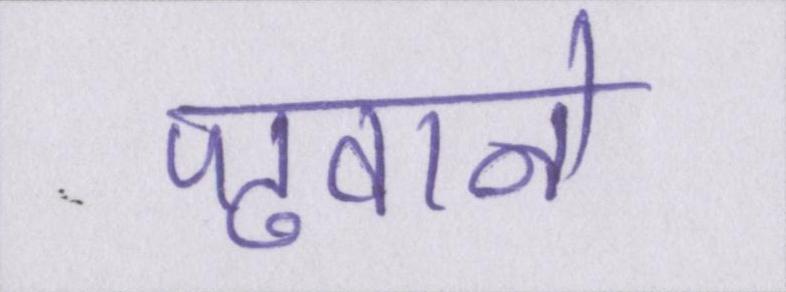
पढवाने